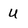
Character: U